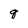
Character: q